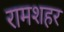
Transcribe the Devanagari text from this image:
रामशहर